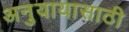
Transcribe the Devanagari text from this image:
अनुयायासाठी